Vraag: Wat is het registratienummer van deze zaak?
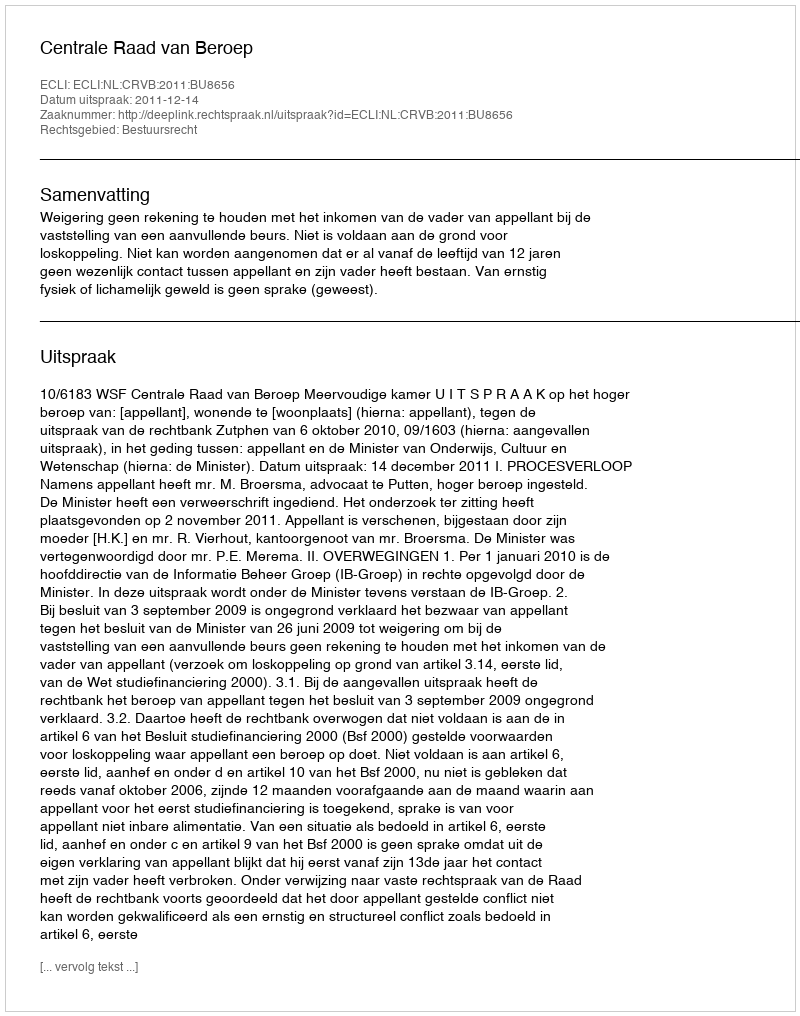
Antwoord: http://deeplink.rechtspraak.nl/uitspraak?id=ECLI:NL:CRVB:2011:BU8656